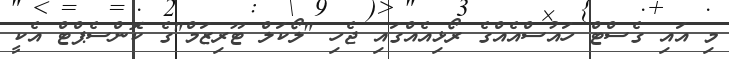
މި އައި ގެސްޓް ހައުސްއެއްގެ ރޯޅިއެއްގައި ޖެހި "ލޯކަލް ޓޫރިޒަމް"ގެ ކޮންސެޕްޓް އެކީ